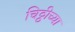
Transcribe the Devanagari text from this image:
चिठ्ठीच्या